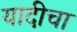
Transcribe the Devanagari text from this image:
यादीचा